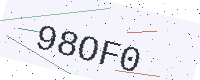
Text: 98OF0